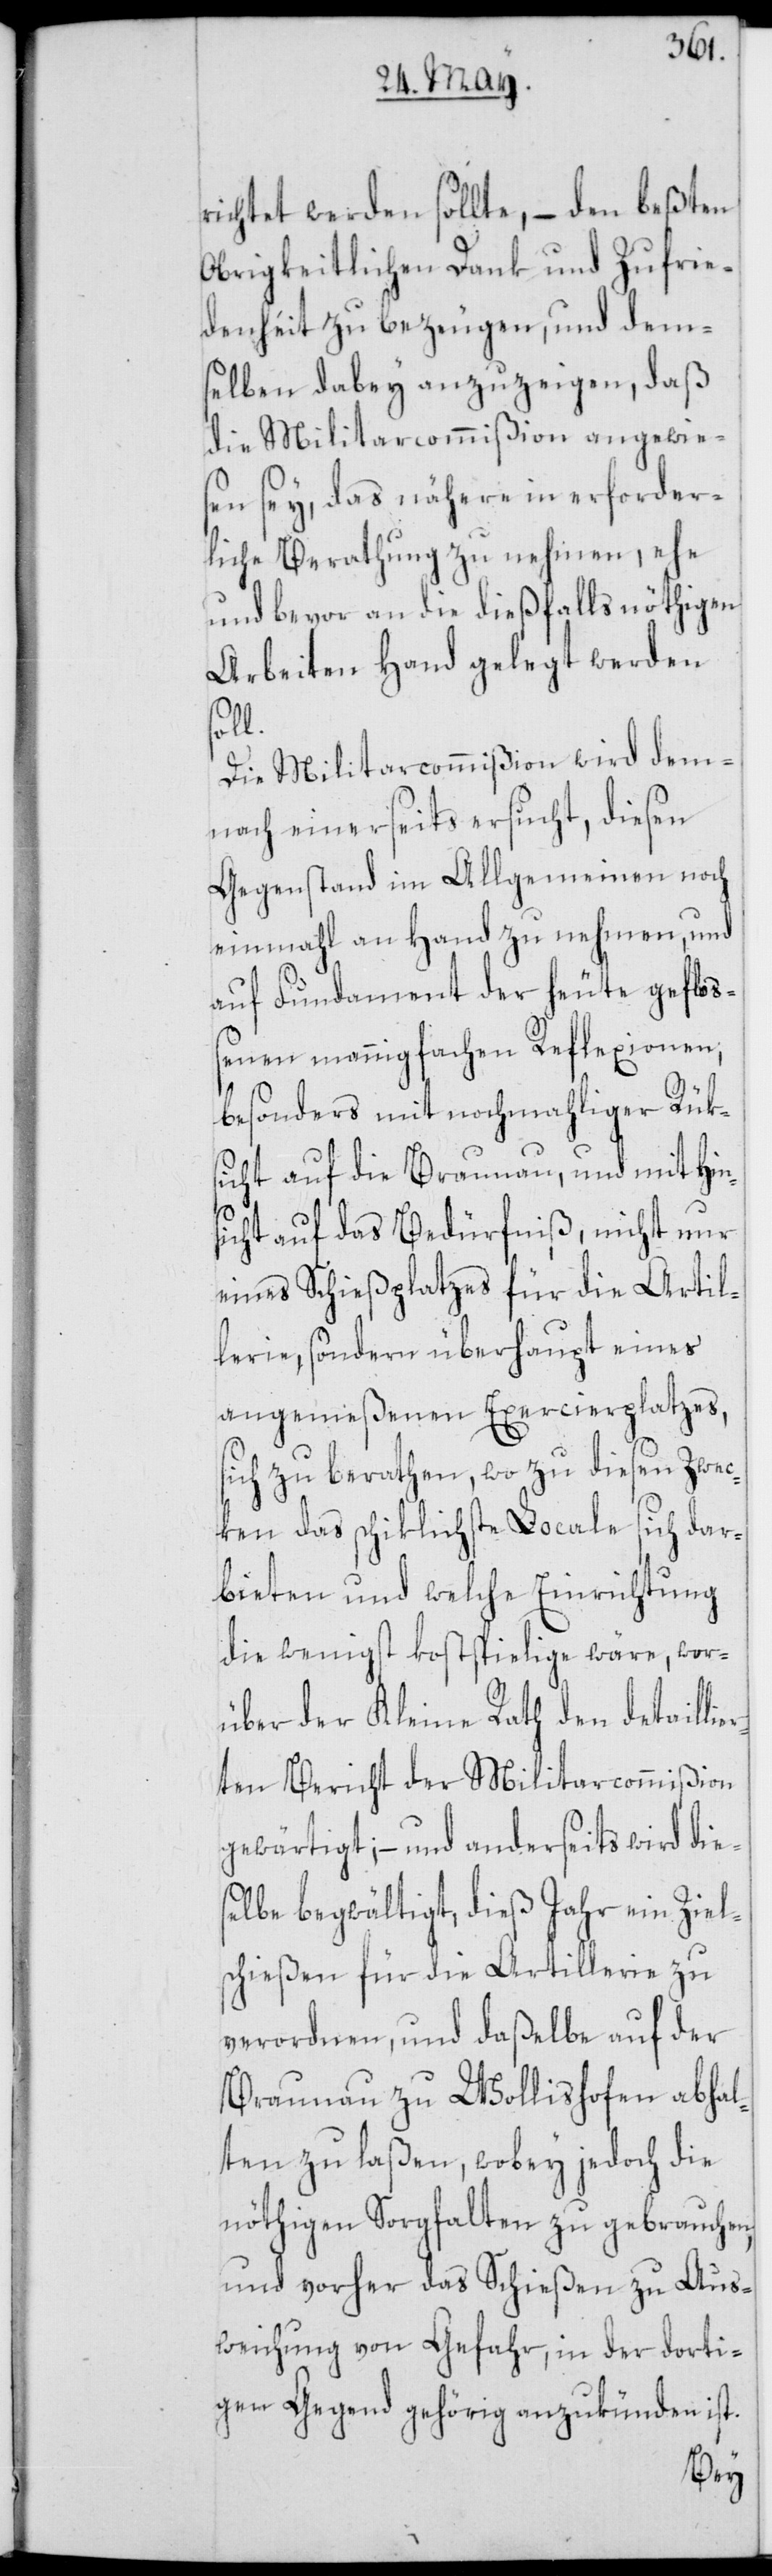
richtet werden sollte, – den beßten
Obrigkeitlichen Dank und Zufrie¬
denheit zu bezeugen, und dem¬
selben dabey anzuzeigen, daß
die Militarcommißion angewie¬
sen sey, das nähere in erforder¬
liche Berathung zu nehmen, ehe
und bevor an die dießfalls nöthigen
Arbeiten Hand gelegt werden
soll.
Die Militarcommißion wird dem¬
nach einerseits ersucht, diesen
Gegenstand im Allgemeinen noch
einmahl an Hand zu nehmen, und
auf Fundament der heute gefloß¬
enen mannigfachen Reflexionen,
besonders mit nochmahliger Rük¬
sicht auf die Braunau, und mit Hin¬
sicht auf das Bedürfniß, nicht nur
eines Schießplatzes für die Artil¬
lerie, sondern überhaupt eines
angemeßenen Exercierplatzes,
sich zu berathen, wo zu diesen Zwec¬
ken das schiklichste Locale sich dar¬
bieten und welche Einrichtung
die wenigst kostspielige wäre, wor¬
über der Kleine Rath den detaillie¬
rten Bericht der Militarcommißion
gewärtigt, – und anderseits wird die¬
selbe begwältigt, dieß Jahr ein Ziel¬
schießen für die Artillerie zu
verordnen, und daßelbe auf der
Braunau zu Wollishofen abhal¬
ten zu laßen, wobey jedoch die
nöthigen Sorgfalten zu gebrauchen,
und vorher das Schießen zu Aus¬
weichung von Gefahr, in der dorti¬
gen Gegend gehörig anzukünden ist.